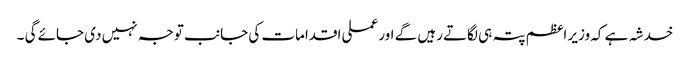
خدشہ ہے کہ وزیر اعظم پتہ ہی لگاتے رہیں گے اور عملی اقدامات کی جانب توجہ نہیں دی جائے گی ۔